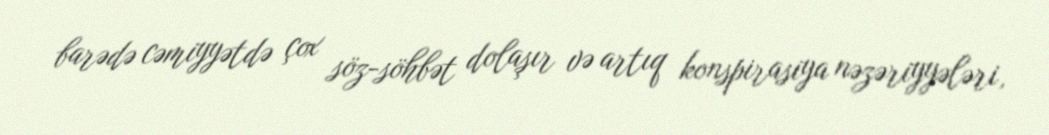
barədə cəmiyyətdə çox söz-söhbət dolaşır və artıq konspirasiya nəzəriyyələri,